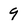
Character: 9